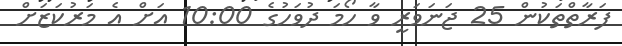
ފަރާތްތަކުން 25 ޖަނަވަރީ ވާ ހޯމަ ދުވަހުގެ 10:00 އަށް އެ މަރުކަޒަށް